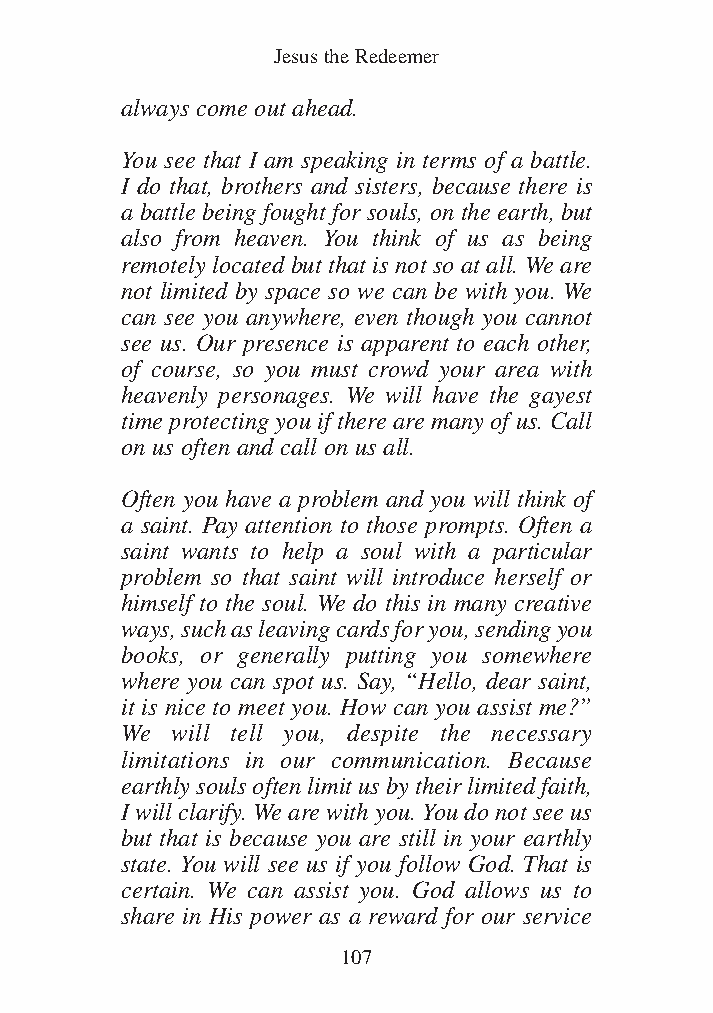
DFOT Vol 5 No App_1 12/3/13 8:54 PM Page 107
 Jesus the Redeemer
 always come out ahead.
 You see that I am speaking in terms of a battle.
 I do that, brothers and sisters, because there is
 a battle being fought for souls, on the earth, but
 also from heaven. You think of us as being
 remotely located but that is not so at all. We are
 not limited by space so we can be with you. We
 can see you anywhere, even though you cannot
 see us. Our presence is apparent to each other,
 of course, so you must crowd your area with
 heavenly personages. We will have the gayest
 time protecting you if there are many of us. Call
 on us often and call on us all.
 Often you have a problem and you will think of
 a saint. Pay attention to those prompts. Often a
 saint wants to help a soul with a particular
 problem so that saint will introduce herself or
 himself to the soul. We do this in many creative
 ways, such as leaving cards for you, sending you
 books, or generally putting you somewhere
 where you can spot us. Say, “Hello, dear saint,
 it is nice to meet you. How can you assist me?”
 We will tell you, despite the necessary
 limitations in our communication. Because
 earthly souls often limit us by their limited faith,
 I will clarify. We are with you. You do not see us
 but that is because you are still in your earthly
 state. You will see us if you follow God. That is
 certain. We can assist you. God allows us to
 share in His power as a reward for our service
 107